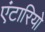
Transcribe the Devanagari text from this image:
एंटारियो